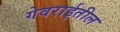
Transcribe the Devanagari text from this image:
गेवराईतील